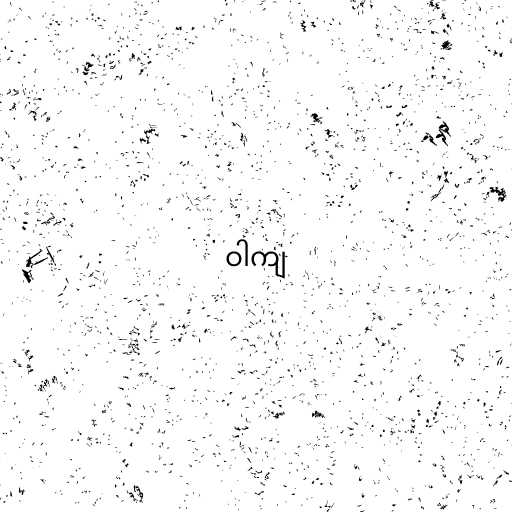
ဝါကျ